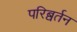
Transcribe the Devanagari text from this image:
परिब्वर्तन